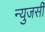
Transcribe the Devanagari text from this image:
न्युजर्सी